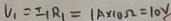
V _ { 1 } = I _ { 1 } R _ { 1 } = 1 A \times 1 0 \Omega = 1 0 V